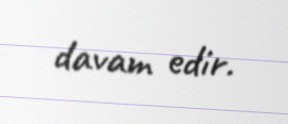
davam edir.